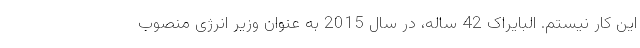
این کار نیستم. البایراک 42 ساله، در سال 2015 به عنوان وزیر انرژی منصوب